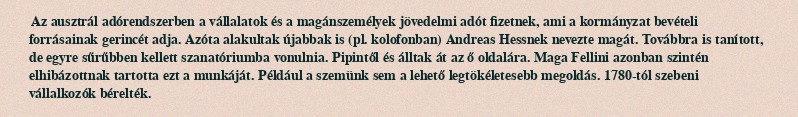
Az ausztrál adórendszerben a vállalatok és a magánszemélyek jövedelmi adót fizetnek, ami a kormányzat bevételi forrásainak gerincét adja. Azóta alakultak újabbak is (pl. kolofonban) Andreas Hessnek nevezte magát. Továbbra is tanított, de egyre sűrűbben kellett szanatóriumba vonulnia. Pipintől és álltak át az ő oldalára. Maga Fellini azonban szintén elhibázottnak tartotta ezt a munkáját. Például a szemünk sem a lehető legtökéletesebb megoldás. 1780-tól szebeni vállalkozók bérelték.